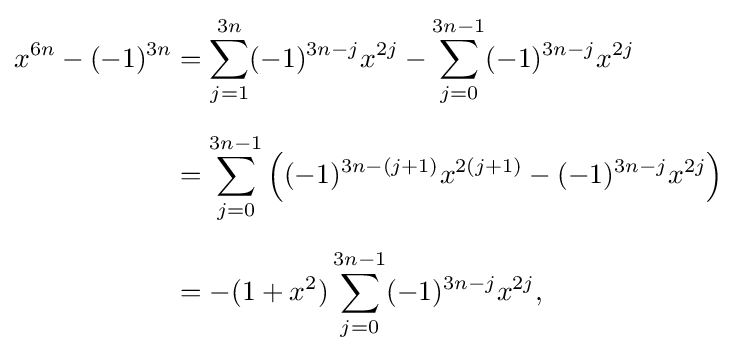
{\begin{aligned}x^{6n}-(-1)^{3n}&=\sum _{j=1}^{3n}(-1)^{3n-j}x^{2j}-\sum _{j=0}^{3n-1}(-1)^{3n-j}x^{2j}\\[6pt]&=\sum _{j=0}^{3n-1}\left((-1)^{3n-(j+1)}x^{2(j+1)}-(-1)^{3n-j}x^{2j}\right)\\[6pt]&=-(1+x^{2})\sum _{j=0}^{3n-1}(-1)^{3n-j}x^{2j},\end{aligned}}